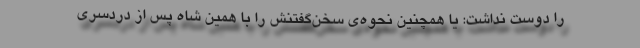
را دوست نداشت: یا همچنین نحوه‌ی سخن‌گفتنش را با همین شاه پس از دردسری